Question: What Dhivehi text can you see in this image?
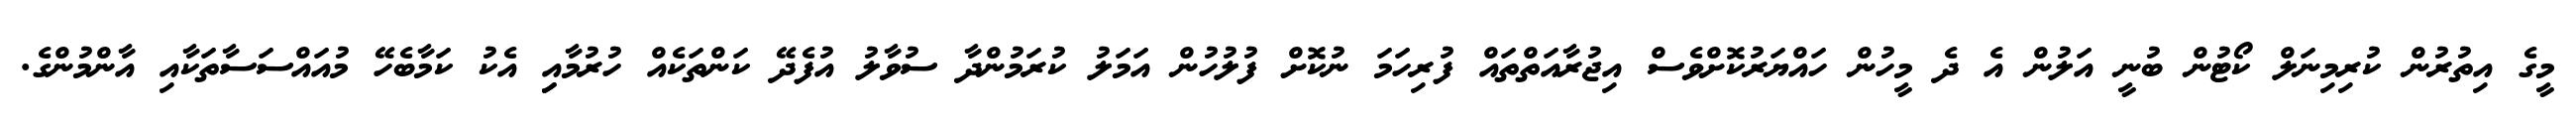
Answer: މީގެ އިތުރުން ކުރިމިނަލް ކޯޓުން ބުނީ އަލުން އެ ދެ މީހުން ހައްޔަރުކޮށްވެސް އިޖުރާއަތްތައް ފުރިހަމަ ނުކޮށް ފުލުހުން އަމަލު ކުރަމުންދާ ސުވާލު އުފެދޭ ކަންތަކެއް ހުރުމާއިި އެކު ކަމާބެހޭ މުއައްސަސާތަކާއި އާންމުންގެ.